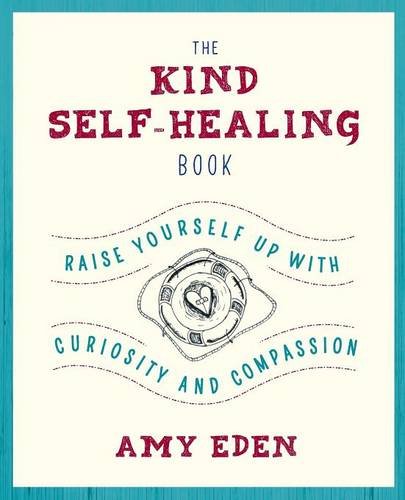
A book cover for The Kind Self-Healing Book: Raise Yourself Up with Curiosity and Compassion; Amy Eden; Health, Fitness & Dieting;